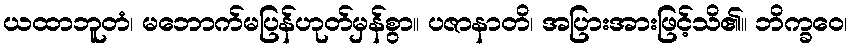
ယထာဘူတံ၊ မဘောက်မပြန်ဟုတ်မှန်စွာ။ ပဇာနာတိ၊ အပြားအားဖြင့်သိ၏။ ဘိက္ခဝေ၊